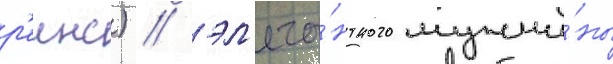
р'еинс) / эл'ега́нтного мужчи́ны